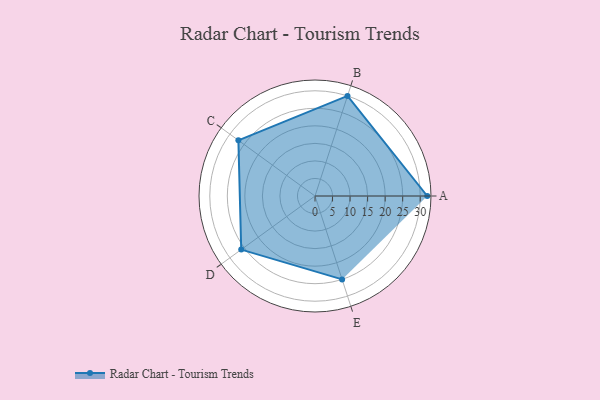
{"axis": {"x": "Skill", "y": "Score"}, "legend": ["Profile"], "data": [{"x": "A", "y": 32.0, "type": "Profile"}, {"x": "B", "y": 30.0, "type": "Profile"}, {"x": "C", "y": 27.0, "type": "Profile"}, {"x": "D", "y": 26.0, "type": "Profile"}, {"x": "E", "y": 25.0, "type": "Profile"}]}